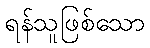
ရန်သူဖြစ်သော